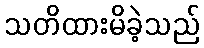
သတိထားမိခဲ့သည်